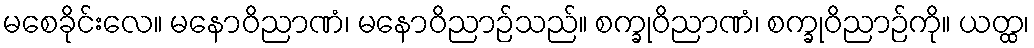
မစေခိုင်းလေ။ မနောဝိညာဏံ၊ မနောဝိညာဉ်သည်။ စက္ခုဝိညာဏံ၊ စက္ခုဝိညာဉ်ကို။ ယတ္ထ၊